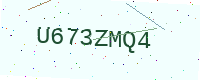
Text: U673ZMQ4